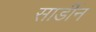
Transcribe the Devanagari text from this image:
सार्डीन